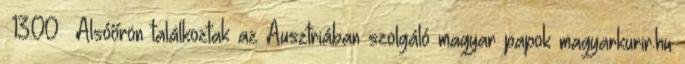
13:00 Alsóőrön találkoztak az Ausztriában szolgáló magyar papok magyarkurir.hu